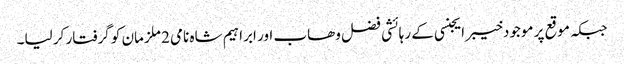
جبکہ موقع پر موجودخیبر ایجنسی کے رہائشی فضل وھاب اور ابراہیم شاہ نامی 2 ملزمان کو گرفتار کر لیا۔